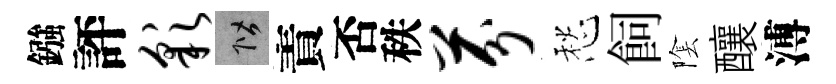
鏹評彩階責否秩芬愁飼隂釀溥